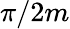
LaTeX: \pi/2m